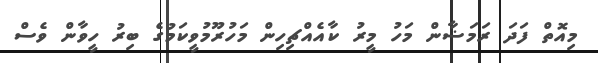
މިއޮތް ފަދަ ރަމަޟާން މަހު މީރު ކާއެއްޗިހިން މަހުރޫމުވީކަމުގެ ބިރު ހީވާން ވެސް